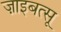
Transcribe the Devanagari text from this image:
ज़ाइबत्सू